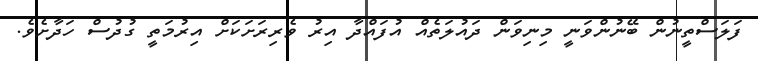
ފަލަސްތީނުން ބޭނުންވަނީ މިނިވަން ދައުލަތެއް އުފައްދާ އިރު ވެރިރަށަކަށް އިރުމަތީ ގުދުސް ހަދާށެވެ.